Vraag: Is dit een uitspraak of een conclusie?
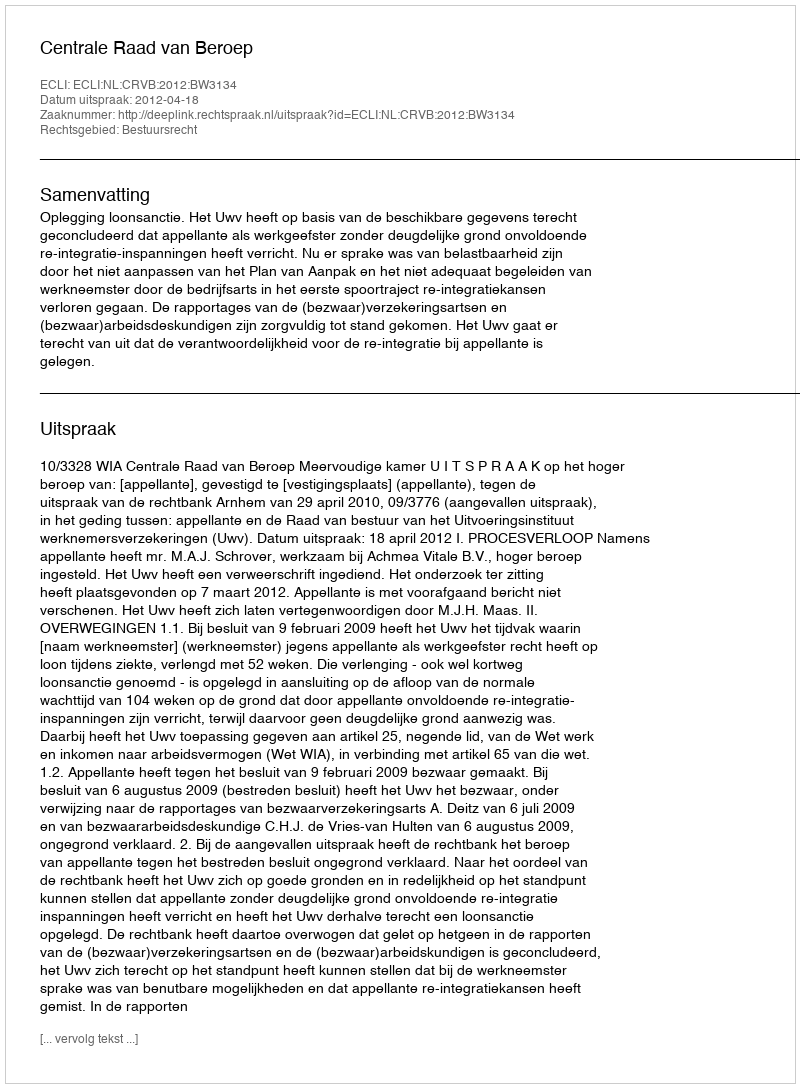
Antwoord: Uitspraak